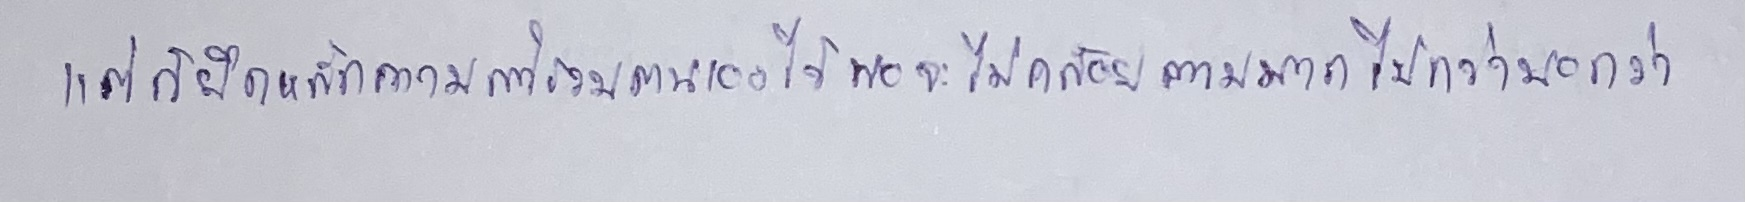
แต่ก็ยึดหลักความสำรวมตนเองไว้พอจะไม่คล้อยตามมากไปกว่าบอกว่า